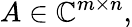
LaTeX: A\in\mathbb{C}^{m\times n},